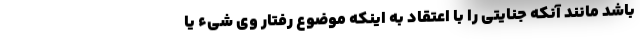
باشد مانند آنکه جنایتی را با اعتقاد به اینکه موضوع رفتار وی شیء یا